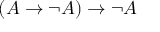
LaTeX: ( A \to \lnot A ) \to \lnot A